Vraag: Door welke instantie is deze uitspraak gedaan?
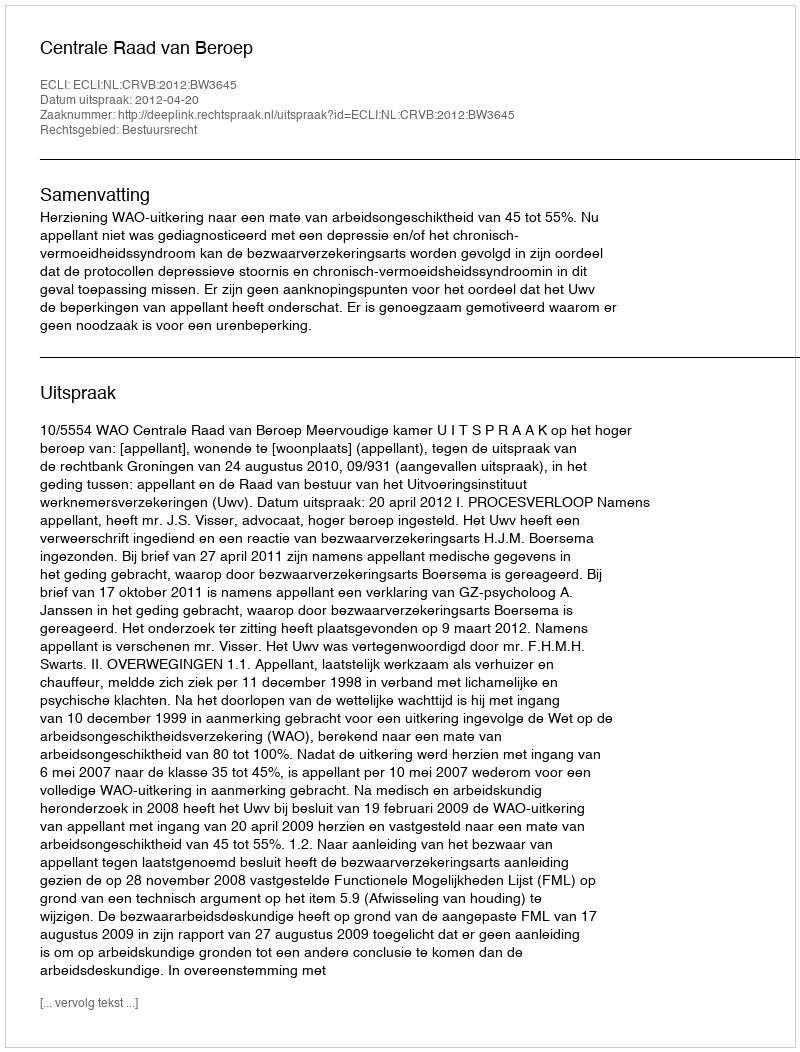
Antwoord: Centrale Raad van Beroep